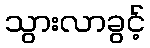
သွားလာခွင့်